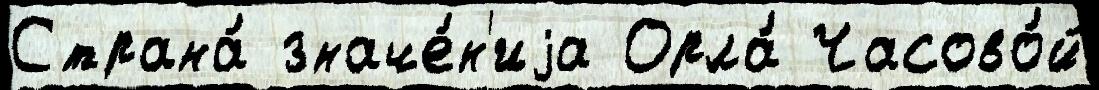
Страна́ значе́н'иjа Орла́ Часово́й